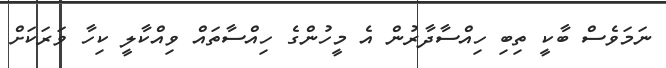
ނަމަވެސް ބާކީ ތިބި ހިއްސާދާރުން އެ މީހުންގެ ހިއްސާތައް ވިއްކާލީ ކިހާ ވަރަކަށް